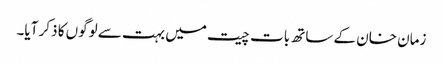
زمان خان کے ساتھ بات چیت میں بہت سے لوگوں کا ذکر آیا۔